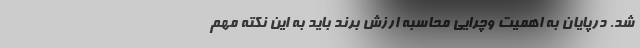
شد. درپایان به اهمیت وچرایی محاسبه ارزش برند باید به این نکته مهم